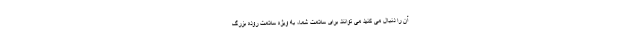
آن را دنبال می کنید می توانند برای سلامت شما، به ویژه سلامت روده بزرگ